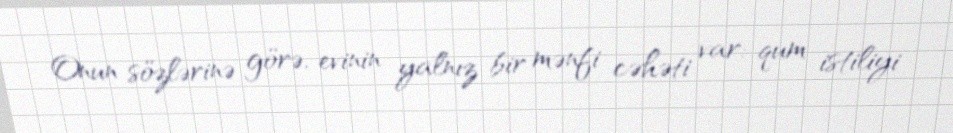
Onun sözlərinə görə, evinin yalnız bir mənfi cəhəti var: qum istiliyi